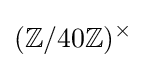
(\mathbb {Z} /40\mathbb {Z} )^{\times }